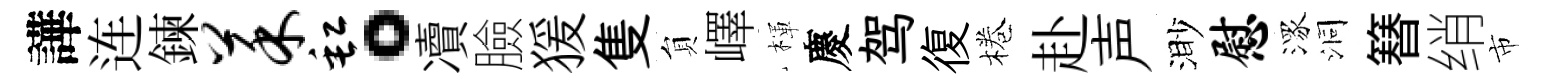
譁连鍊菜缸。凟臉猨隻貟嶧楎慶驾復棬赴声渺慰潈洞簮绡市